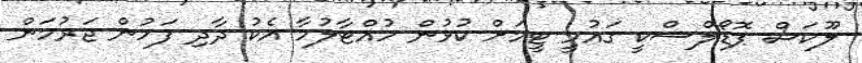
ލޫކަސް ޕޮޑޯލްސްކީ ގައުމީ ޓީމަށް ކުޅުން ހުއްޓާލުމާ އެކު ދާދި ފަހުން ޖަރުމަން